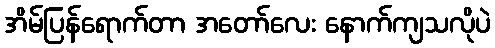
အိမ်ပြန်ရောက်တာ အတော်လေး နောက်ကျသလိုပဲ